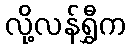
လို့လန်ရွှီက